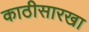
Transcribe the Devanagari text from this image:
काठीसारखा